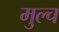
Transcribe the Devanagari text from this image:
मुल्च